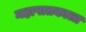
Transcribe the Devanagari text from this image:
महापातकाला